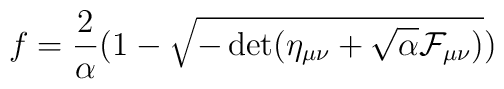
f={2\over\alpha}\bigl(1-\sqrt{-\det(\eta_{\mu\nu}+\sqrt{\alpha}{\cal F}_{\mu\nu})}\bigr)